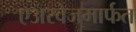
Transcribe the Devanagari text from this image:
एअरवेजमार्फत